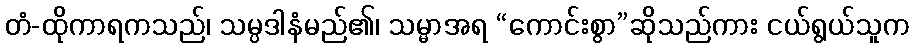
တံ-ထိုကာရကသည်၊ သမ္ပဒါနံမည်၏၊ သမ္မာအရ “ကောင်းစွာ”ဆိုသည်ကား ငယ်ရွယ်သူက